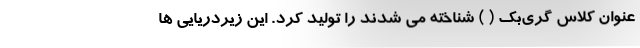
عنوان کلاس گری‌بک ( ) شناخته می شدند را تولید کرد. این زیردریایی ها